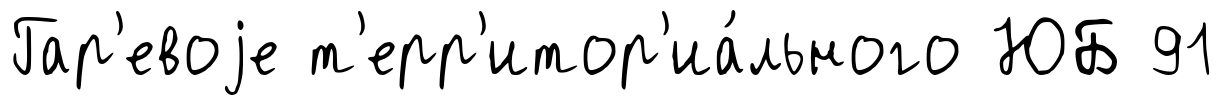
Гар'евоjе т'ерр'итор'иа́льного ЮБ 91